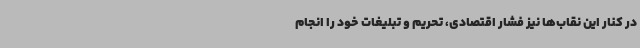
در کنار این نقاب‌ها نیز فشار اقتصادی، تحریم و تبلیغات خود را انجام